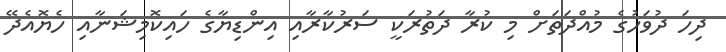
ދިހަ ދުވަހުގެ މުއްދަތަށް މި ކުރާ ދަތުރަކީ ސަރުކާރާއި އިންޑިޔާގެ ހައިކޮމިޝަނާއި ހެޔޮއެދޭ